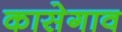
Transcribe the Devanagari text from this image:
कासेगाव